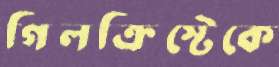
গিলক্রিস্টেকে